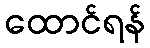
ထောင်ရန်